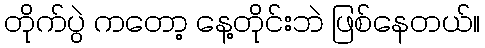
တိုက်ပွဲ ကတော့ နေ့တိုင်းဘဲ ဖြစ်နေတယ်။